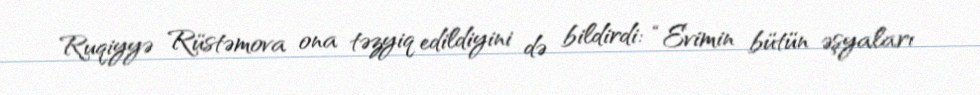
Ruqiyyə Rüstəmova ona təzyiq edildiyini də bildirdi: “Evimin bütün əşyaları